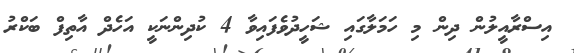
އިސްރާއީލުން ދިން މި ހަމަލާގައި ޝަހީދުވެފައިވާ 4 ކުދިންނަކީ އަހެދް އާތިފް ބަކްރު